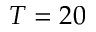
T = 2 0